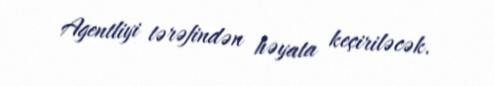
Agentliyi tərəfindən həyata keçiriləcək.